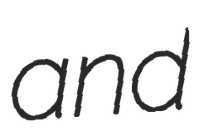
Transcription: and